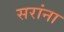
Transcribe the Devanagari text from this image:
सरांना